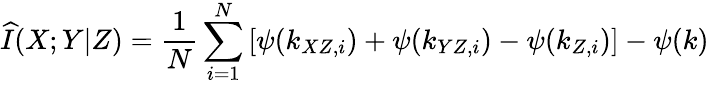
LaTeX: \widehat{I}(X;Y|Z)=\frac{1}{N}\sum_{i=1}^{N}\left[\psi(k_{XZ,i})+\psi(k_{YZ,i})-\psi(k_{Z,i})\right]-\psi(k)